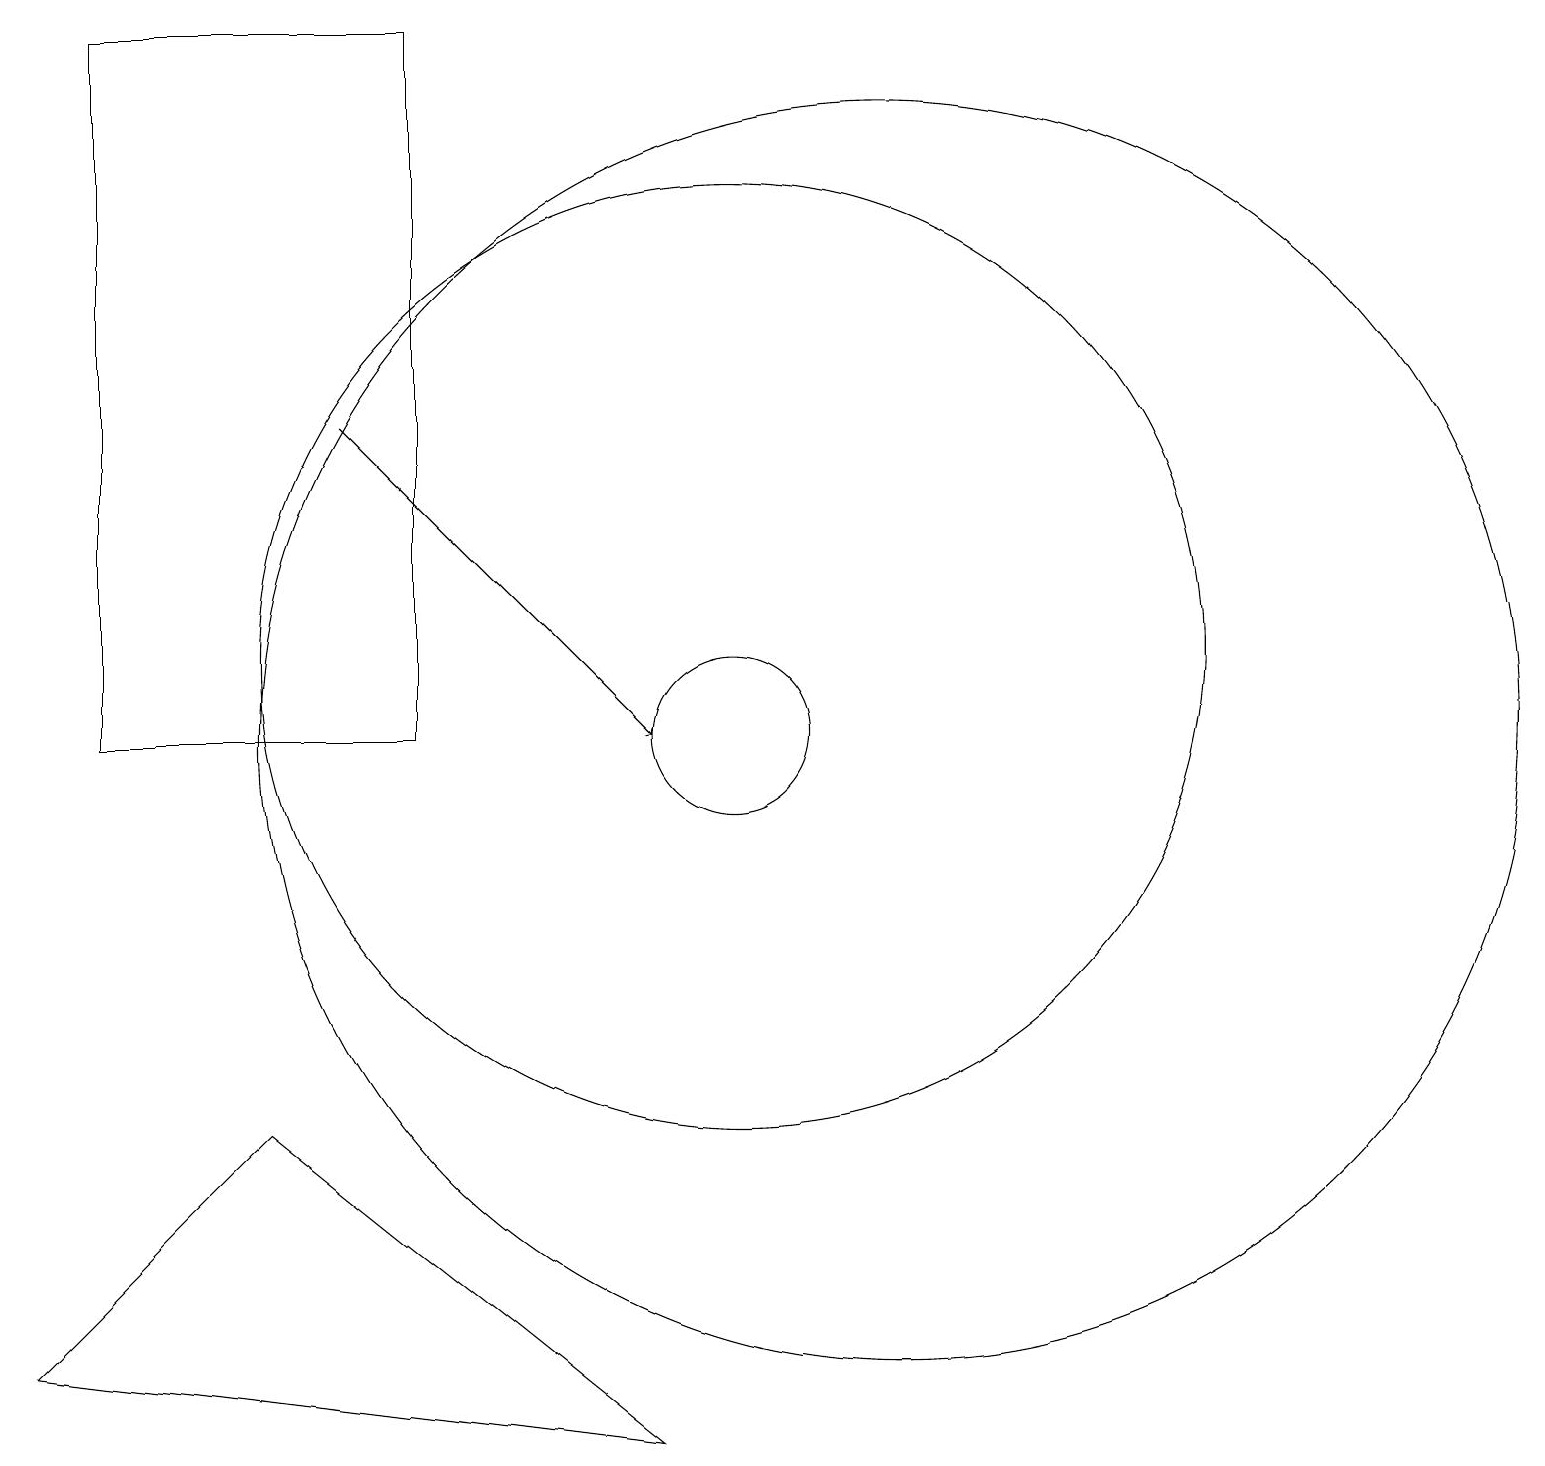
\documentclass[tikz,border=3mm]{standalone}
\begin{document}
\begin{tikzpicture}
\draw (12,10) circle (8);
\draw (1,2) -- (9,1) -- (4,5) -- cycle;
\draw (10,11) circle (6);
\draw (10,10) circle (1);
\draw[->] (5,14) -- (9,10);
\draw (2,19) rectangle (6,10);
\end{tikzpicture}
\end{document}